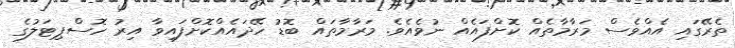
ތެރޭގައި އެއްވެސް މަރާމާތެއް ކޮށްފައެއް ނުވެއެވެ. މަރާމާތައް ބޮޑު ހޭދައެއްކޮށްފައިވާ އިރު ހޮސްޕިޓަލުގެ